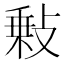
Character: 𢾦